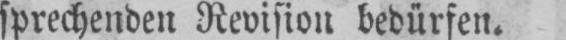
sprechenden Revision bedürfen.